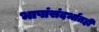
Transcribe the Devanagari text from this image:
भाषांसंदर्भातही